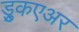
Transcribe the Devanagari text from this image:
ड्रुकएअर